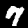
Label: 7